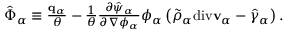
\begin{array} { r } { \hat { \boldsymbol { \Phi } } _ { \alpha } \equiv \frac { \mathbf { q } _ { \alpha } } { \theta } - \frac { 1 } { \theta } \frac { \partial \hat { \psi } _ { \alpha } } { \partial \nabla \phi _ { \alpha } } \phi _ { \alpha } \left( \tilde { \rho } _ { \alpha } \mathrm { d i v } \mathbf { v } _ { \alpha } - \hat { \gamma } _ { \alpha } \right) . } \end{array}